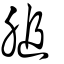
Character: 膇